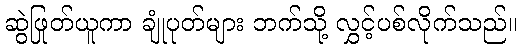
ဆွဲဖြုတ်ယူကာ ချုံပုတ်များ ဘက်သို့ လွှင့်ပစ်လိုက်သည်။